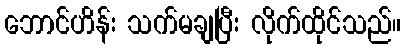
ဘောင်ဟိန်း သက်မချပြီး လိုက်ထိုင်သည်။